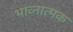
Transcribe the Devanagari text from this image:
भाव्नात्मक